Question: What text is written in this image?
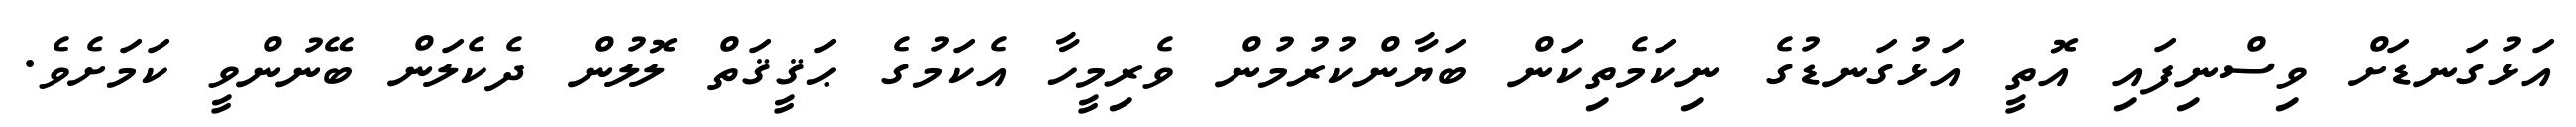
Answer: އަޅުގަނޑަށް ވިސްނިފައި އޮތީ އަޅުގަނޑުގެ ނިކަމެތިކަން ބަޔާންކުރުމުން ވެރިމީހާ އެކަމުގެ ޙަޤީޤަތް ލޮލުން ދެކެލަން ބޭނުންވީ ކަމަށެވެ.